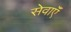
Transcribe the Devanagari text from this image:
सेवाएॅं